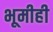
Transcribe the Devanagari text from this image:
भूमीही